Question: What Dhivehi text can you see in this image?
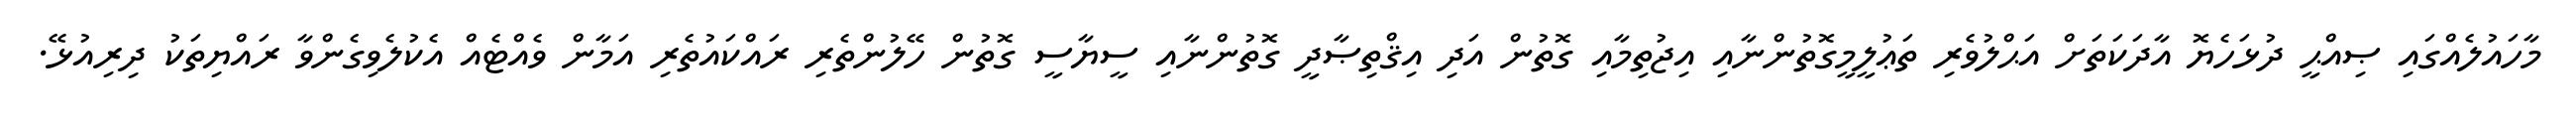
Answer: މާހައުލެއްގައި ޞިއްޙީ ދުޅަހެޔޮ އާދަކަތަށް އަޙްލުވެރި ތަޢުލީމީގޮތުންނާއި އިޖުތިމާއި ގޮތުން އަދި އިޤްތިޞާދީ ގޮތުންނާއި ސީޔާސީ ގޮތުން ހޭލުންތެރި ރައްކައުތެރި އަމާން ވެއްޓެއް އެކުލެވިގެންވާ ރައްޔިތަކު ދިރިއުޅޭ.